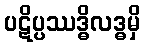
ပဋိပ္ပဿဒ္ဓိလဒ္ဓမှိ